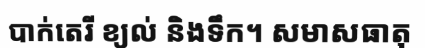
បាក់តេរី ខ្យល់ និងទឹក។ សមាសធាតុ